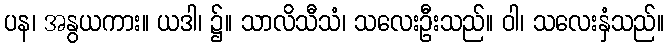
ပန၊ အနွယကား။ ယဒါ၊ ၌။ သာလိသီသံ၊ သလေးဦးသည်။ ဝါ၊ သလေးနှံသည်။